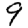
Digit: 9